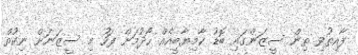
ފާއިތުވި ތިން ސީޒަންގައި ބޮޑު ކާމިޔާބީއެއް ހޯދުމަށް ފަހު މި ސީޒަނަށް ނިކުތް